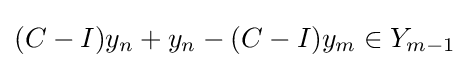
(C-I)y_{n}+y_{n}-(C-I)y_{m}\in Y_{m-1}